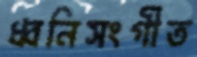
ধ্বনিসংগীত